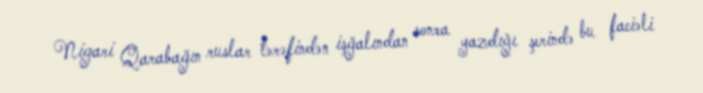
Nigari Qarabağın ruslar tərəfindən işğalından sonra yazdığı şerində bu faciəli